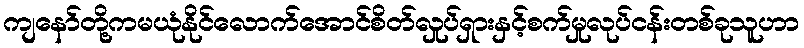
ကျနော်တို့ကမယုံနိုင်လောက်အောင်စိတ်လှုပ်ရှားနှင့်စက်မှုလုပ်ငန်းတစ်ခုသူဟာ